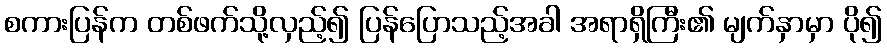
စကားပြန်က တစ်ဖက်သို့လှည့်၍ ပြန်ပြောသည့်အခါ အရာရှိကြီး၏ မျက်နှာမှာ ပို၍